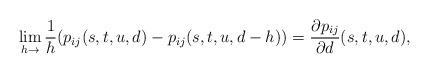
LaTeX: \begin{align*} \lim_{h\to}\frac{1}{h}(p_{ij}(s,t,u,d) - p_{ij}(s,t,u,d-h)) &=\frac{\partial p_{ij}}{\partial d}(s,t,u,d),\end{align*}